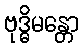
ဗုဒ္ဓိမန္တော